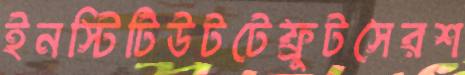
ইনস্টিটিউটটেফ্রুটসেরশ